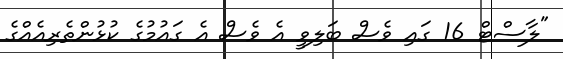
"ލާސްޓް 16 ގައި ވެސް ބަލިވީ އެ ވެސް އެ ގައުމުގެ ކުޅުންތެރިއެެއްގެ